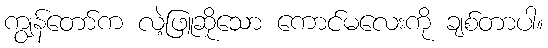
ကျွန်တော်က လဲ့ဖြူဆိုသော ကောင်မလေးကို ချစ်တာပါ။